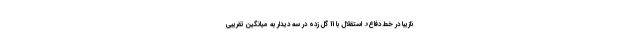
نازیبا در خط دفاع». استقلال با 11 گل زده در سه دیدار به میانگین تقریبی